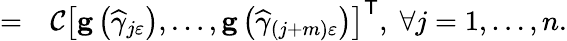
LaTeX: \begin{array}{rl}{=}&{{}\mathcal{C}\left[\mathbf{g}\left(\widehat{\gamma}_{j\varepsilon}\right),\ldots,\mathbf{g}\left(\widehat{\gamma}_{\left(j+m\right)\varepsilon}\right)\right]^{\mathsf{T}},\; \forall j=1,\ldots,n.}\end{array}